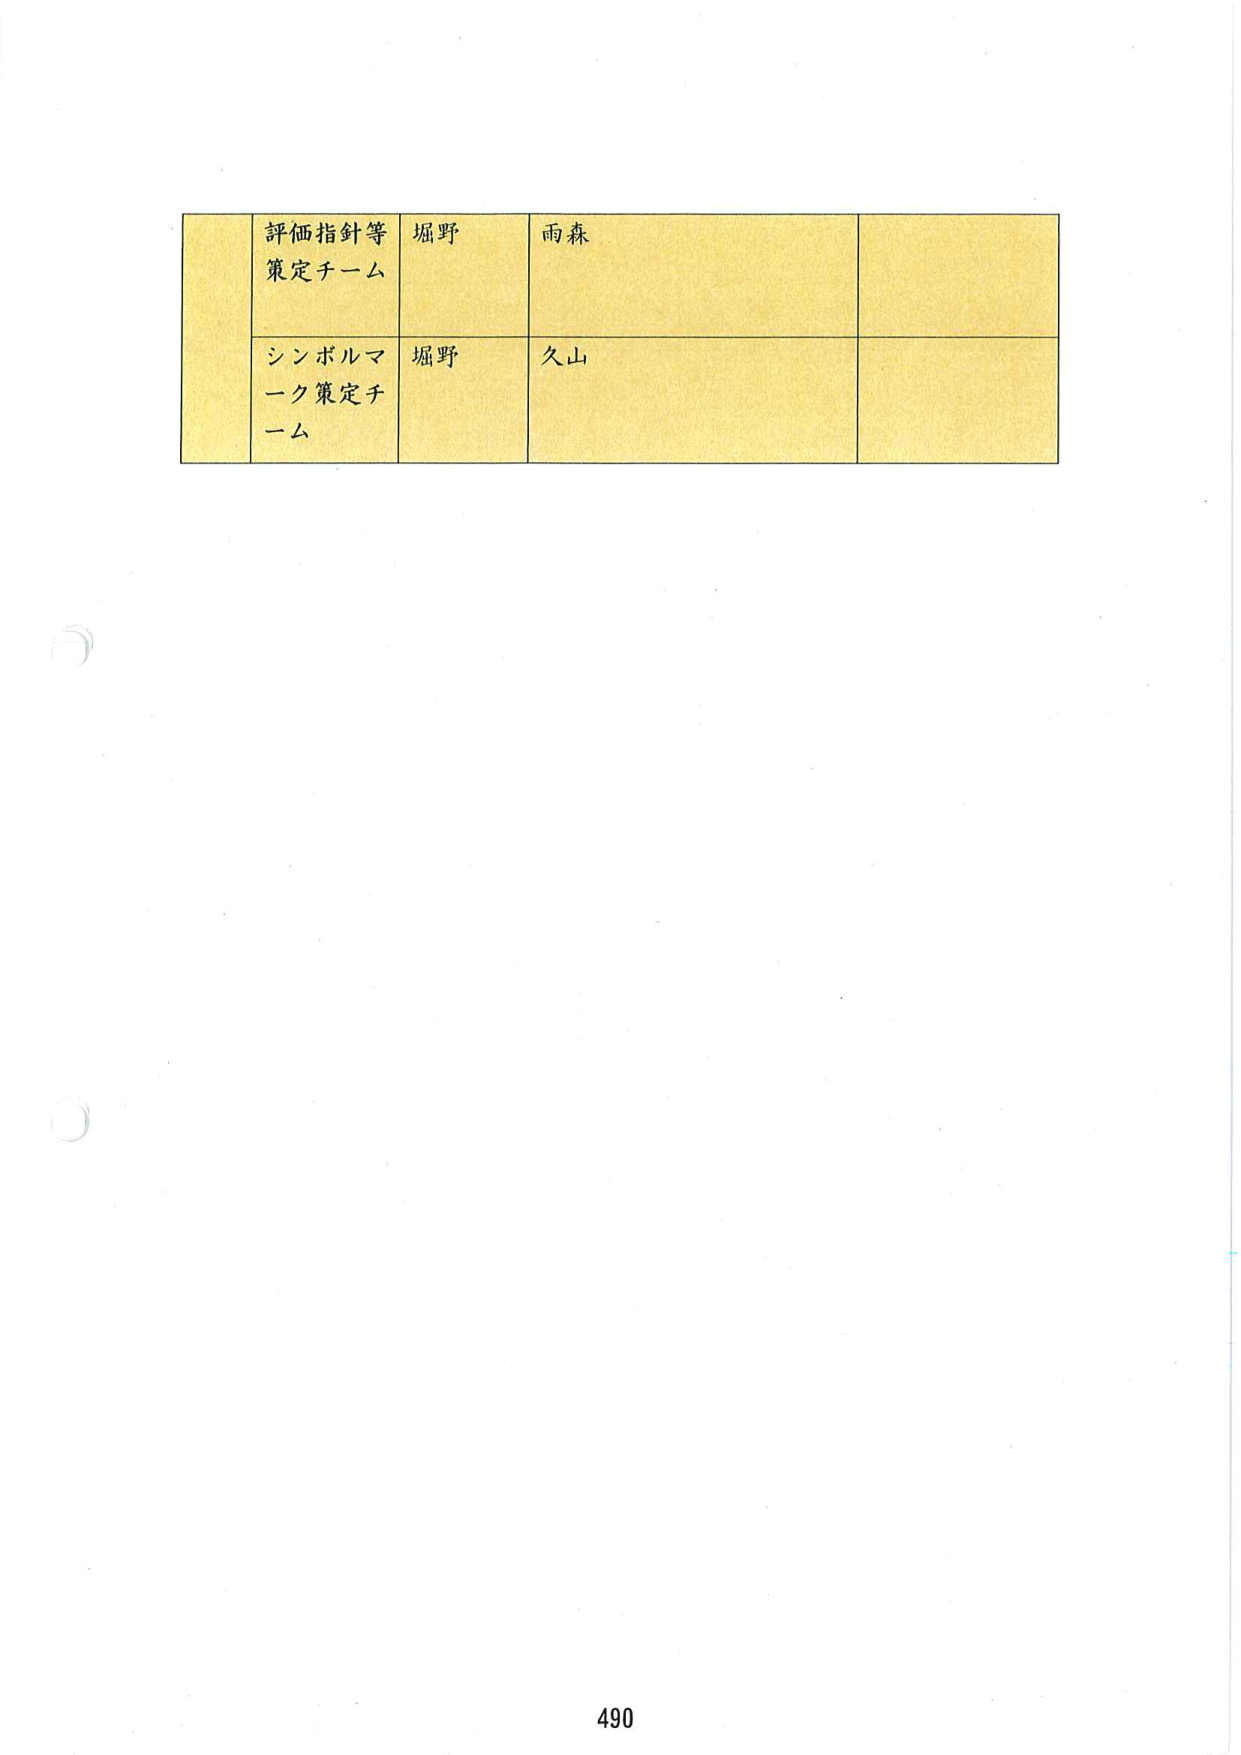
評価指針等
策定チーム
堀野
雨森

シンボルマーク策定チーム
堀野
久山

490